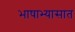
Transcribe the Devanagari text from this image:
भाषाभ्यासात